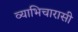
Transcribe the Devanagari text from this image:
व्याभिचारासी